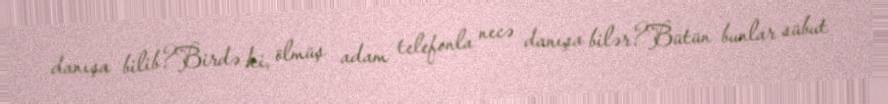
danışa bilib?Birdə ki, ölmüş adam telefonla necə danışa bilər?Bütün bunlar sübut